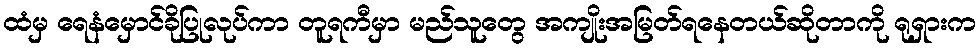
ထံမှ ရေနံမှောင်ခိုပြုလုပ်ကာ တူရကီမှာ မည်သူတွေ အကျိုးအမြတ်ရနေတယ်ဆိုတာကို ရုရှားက